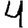
Digit: 4